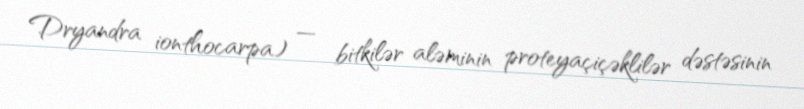
Dryandra ionthocarpa) — bitkilər aləminin proteyaçiçəklilər dəstəsinin